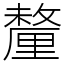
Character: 釐